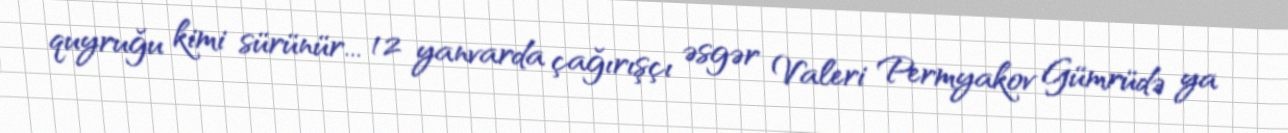
quyruğu kimi sürünür... 12 yanvarda çağırışçı əsgər Valeri Permyakov Gümrüdə ya